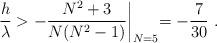
LaTeX: \begin{align*}{h \over \lambda} > - {{N^2+3}\over {N(N^2-1)}}\biggl |_{N=5} = - {7\over {30}} \ .\end{align*}